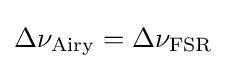
\Delta \nu _{\rm {Airy}}=\Delta \nu _{\rm {FSR}}